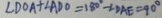
\angle D O A + \angle A D O = 1 8 0 ^ { \circ } + \angle D A E = 9 0 ^ { \circ }